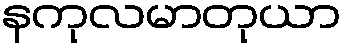
နကုလမာတုယာ